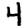
Digit: 4